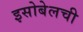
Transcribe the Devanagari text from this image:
इसोबेलची